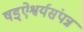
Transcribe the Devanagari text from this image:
षड्ऐश्वर्यसंपन्न